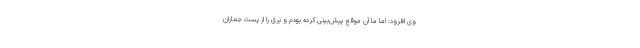
وی افزود: اما ما آن موقع پیش‌بینی کرده بودم و برق را از پست جماران